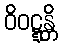
ဝိဝဋ္ဋန္တိ